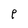
Character: p